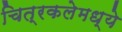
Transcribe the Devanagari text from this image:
चित्रकलेमध्ये